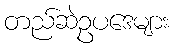
တည်ဆဲဥပဒေများ